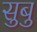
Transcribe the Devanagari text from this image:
सुबु